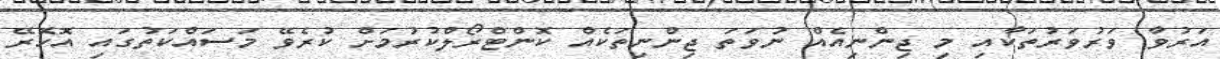
އަރުވާ ވަރުވަރުތަކާއި މި ޖިންނިއެއް ނުވަތަ ޖިންނިތަކެއް ކޮންޓްރޯލްކުރުމަށް ކުރެވޭ މަސައްކަތުގައި އޮހޮރޭ